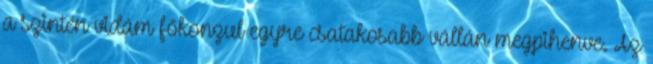
a szintén vidám főkonzul egyre csatakosabb vállán megpihenve. Az